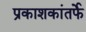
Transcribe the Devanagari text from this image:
प्रकाशकांतर्फे